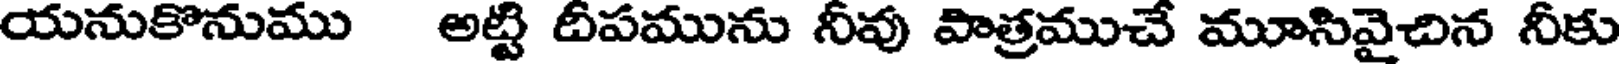
యనుకొనుము అట్టి దీపమును నీవు పాత్రముచే మూసివైచిన నీకు